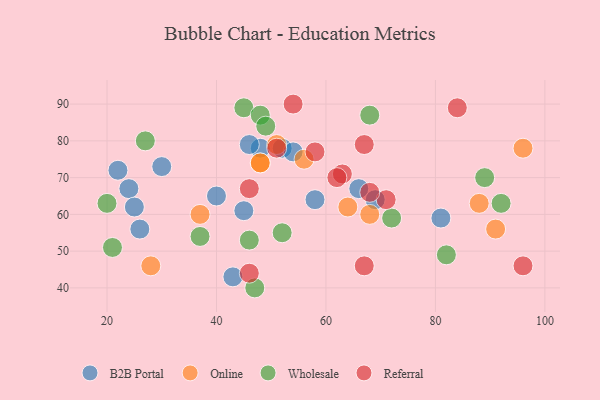
{"axis": {"x": "GDP", "y": "Life Expectancy"}, "legend": ["B2B Portal", "Online", "Referral", "Wholesale"], "data": [{"x": "24", "y": 67, "type": "B2B Portal"}, {"x": "48", "y": 78, "type": "B2B Portal"}, {"x": "26", "y": 56, "type": "B2B Portal"}, {"x": "58", "y": 64, "type": "B2B Portal"}, {"x": "66", "y": 67, "type": "B2B Portal"}, {"x": "52", "y": 78, "type": "B2B Portal"}, {"x": "45", "y": 61, "type": "B2B Portal"}, {"x": "43", "y": 43, "type": "B2B Portal"}, {"x": "54", "y": 77, "type": "B2B Portal"}, {"x": "40", "y": 65, "type": "B2B Portal"}, {"x": "69", "y": 64, "type": "B2B Portal"}, {"x": "25", "y": 62, "type": "B2B Portal"}, {"x": "81", "y": 59, "type": "B2B Portal"}, {"x": "30", "y": 73, "type": "B2B Portal"}, {"x": "46", "y": 79, "type": "B2B Portal"}, {"x": "22", "y": 72, "type": "B2B Portal"}, {"x": "96", "y": 78, "type": "Online"}, {"x": "48", "y": 74, "type": "Online"}, {"x": "91", "y": 56, "type": "Online"}, {"x": "37", "y": 60, "type": "Online"}, {"x": "48", "y": 74, "type": "Online"}, {"x": "28", "y": 46, "type": "Online"}, {"x": "51", "y": 79, "type": "Online"}, {"x": "56", "y": 75, "type": "Online"}, {"x": "88", "y": 63, "type": "Online"}, {"x": "64", "y": 62, "type": "Online"}, {"x": "68", "y": 60, "type": "Online"}, {"x": "89", "y": 70, "type": "Wholesale"}, {"x": "52", "y": 55, "type": "Wholesale"}, {"x": "68", "y": 87, "type": "Wholesale"}, {"x": "92", "y": 63, "type": "Wholesale"}, {"x": "72", "y": 59, "type": "Wholesale"}, {"x": "21", "y": 51, "type": "Wholesale"}, {"x": "46", "y": 53, "type": "Wholesale"}, {"x": "37", "y": 54, "type": "Wholesale"}, {"x": "45", "y": 89, "type": "Wholesale"}, {"x": "27", "y": 80, "type": "Wholesale"}, {"x": "47", "y": 40, "type": "Wholesale"}, {"x": "82", "y": 49, "type": "Wholesale"}, {"x": "48", "y": 87, "type": "Wholesale"}, {"x": "49", "y": 84, "type": "Wholesale"}, {"x": "20", "y": 63, "type": "Wholesale"}, {"x": "63", "y": 71, "type": "Referral"}, {"x": "46", "y": 67, "type": "Referral"}, {"x": "62", "y": 70, "type": "Referral"}, {"x": "71", "y": 64, "type": "Referral"}, {"x": "68", "y": 66, "type": "Referral"}, {"x": "67", "y": 79, "type": "Referral"}, {"x": "67", "y": 46, "type": "Referral"}, {"x": "84", "y": 89, "type": "Referral"}, {"x": "54", "y": 90, "type": "Referral"}, {"x": "46", "y": 44, "type": "Referral"}, {"x": "58", "y": 77, "type": "Referral"}, {"x": "51", "y": 78, "type": "Referral"}, {"x": "96", "y": 46, "type": "Referral"}]}